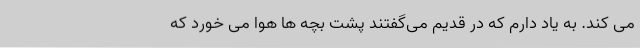
می کند. به یاد دارم که در قدیم می‌گفتند پشت بچه ها هوا می خورد که